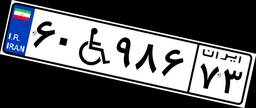
۶۰W۹۸۶۷۳